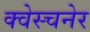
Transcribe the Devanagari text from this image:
क्वेस्चनेर